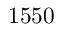
1 5 5 0